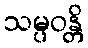
သမ္ပဝန္တိ